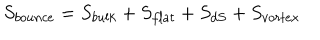
LaTeX: S _ { b o u n c e } = S _ { b u l k } + S _ { f l a t } + S _ { d S } + S _ { v o r t e x }